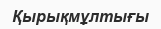
Қырықмұлтығы